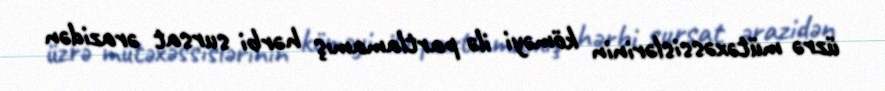
üzrə mütəxəssislərinin köməyi ilə partlamamış hərbi sursat ərazidən